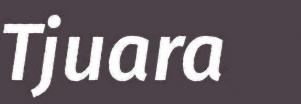
Tjuara